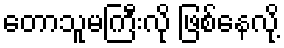
တောသူမကြီးလို ဖြစ်နေလို့